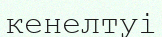
кенелтуі